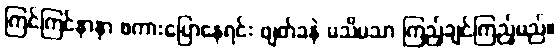
ကြင်ကြင်နာနာ စကားပြောနေရင်း ဖျတ်ခနဲ မသိမသာ ကြည့်ချင်ကြည့်မည်။